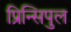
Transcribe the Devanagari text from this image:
प्रिन्सिपुल